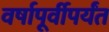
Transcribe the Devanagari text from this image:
वर्षापूर्वीपर्यंत